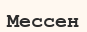
Мессен